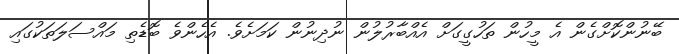
ބޭނުންކޮށްގެން އެ މީހުން ތަހުގީގަށް އެއްބާރުލުން ނުދިނުން ކަމަށެވެ. އެހެންވެ ބޮޑެތި މައްސަލަތަކުގައި